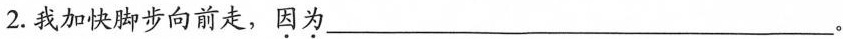
2.我加快脚步向前走，因为___。